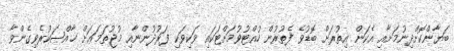
ބަޔާންކޮށްދިނުމަށާއި އެކަން އިތުރަށް ބޮޑުވެ ފެތުރުން ހުއްޓުވުމަށްޓަކައި ވަކިވަކި ފަރުދުންނާއި މުޖުތަމަޢަށް ޚާއްޞަކުރެވިގެންވާ